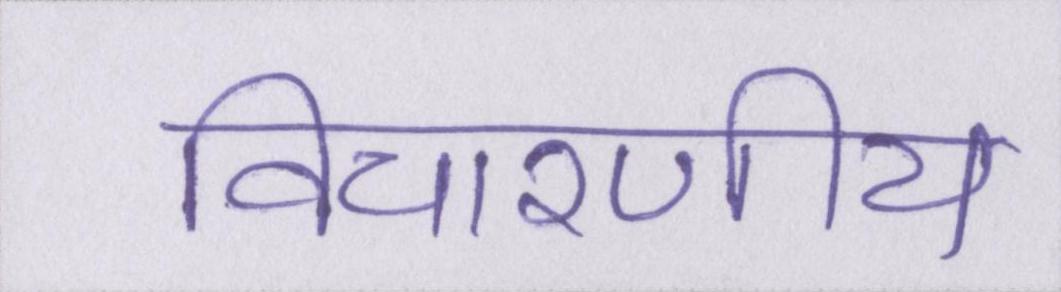
विचारणीय